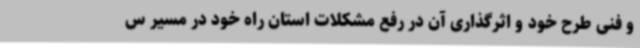
و فنی طرح خود و اثرگذاری آن در رفع مشکلات استان راه خود در مسیر س